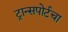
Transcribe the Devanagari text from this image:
ट्रान्सपोर्टचा